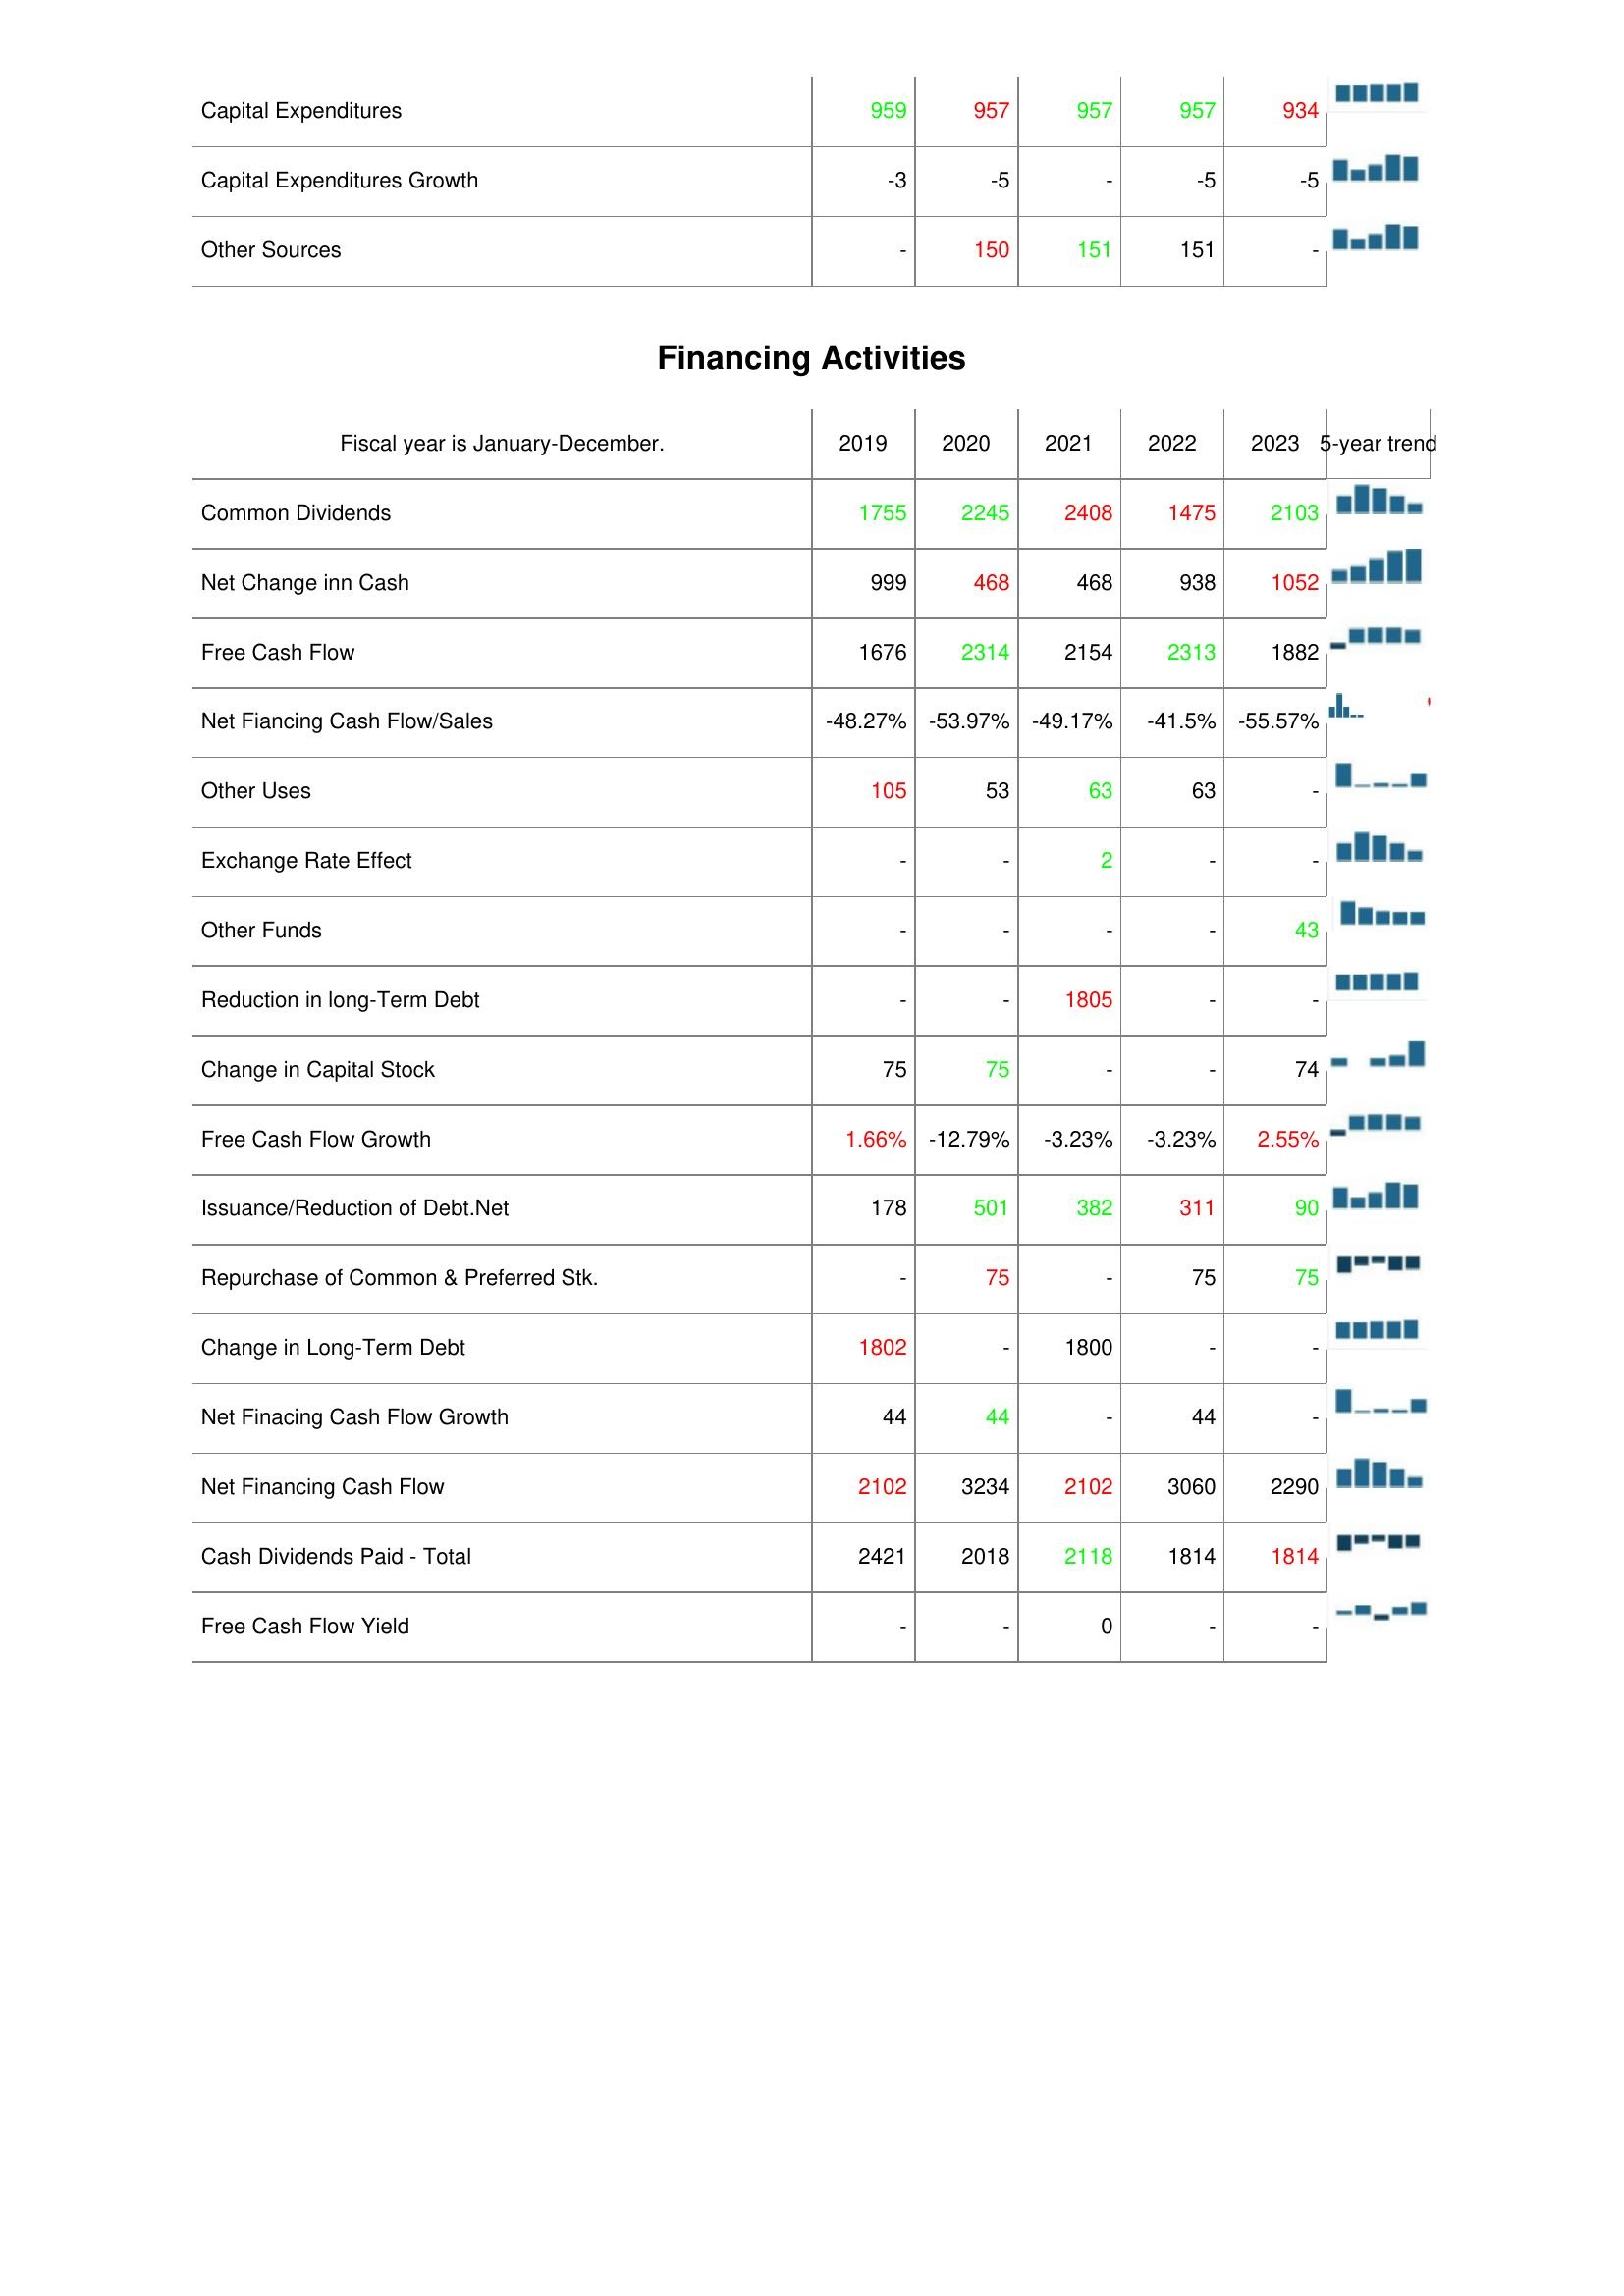
2019: Investing Activities: Capital Expenditures: 959
Capital Expenditures Growth: -3
Other Sources: -
Financing Activities: Common Dividends: 1755
Net Change inn Cash: 999
Free Cash Flow: 1676
Net Fiancing Cash Flow/Sales: -48.27%
Other Uses: 105
Exchange Rate Effect: -
Other Funds: -
Reduction in long-Term Debt: -
Change in Capital Stock: 75
Free Cash Flow Growth: 1.66%
Issuance/Reduction of Debt.Net: 178
Repurchase of Common & Preferred Stk.: -
Change in Long-Term Debt: 1802
Net Finacing Cash Flow Growth: 44
Net Financing Cash Flow: 2102
Cash Dividends Paid - Total: 2421
Free Cash Flow Yield: -
2020: Investing Activities: Capital Expenditures: 957
Capital Expenditures Growth: -5
Other Sources: 150
Financing Activities: Common Dividends: 2245
Net Change inn Cash: 468
Free Cash Flow: 2314
Net Fiancing Cash Flow/Sales: -53.97%
Other Uses: 53
Exchange Rate Effect: -
Other Funds: -
Reduction in long-Term Debt: -
Change in Capital Stock: 75
Free Cash Flow Growth: -12.79%
Issuance/Reduction of Debt.Net: 501
Repurchase of Common & Preferred Stk.: 75
Change in Long-Term Debt: -
Net Finacing Cash Flow Growth: 44
Net Financing Cash Flow: 3234
Cash Dividends Paid - Total: 2018
Free Cash Flow Yield: -
2021: Investing Activities: Capital Expenditures: 957
Capital Expenditures Growth: -
Other Sources: 151
Financing Activities: Common Dividends: 2408
Net Change inn Cash: 468
Free Cash Flow: 2154
Net Fiancing Cash Flow/Sales: -49.17%
Other Uses: 63
Exchange Rate Effect: 2
Other Funds: -
Reduction in long-Term Debt: 1805
Change in Capital Stock: -
Free Cash Flow Growth: -3.23%
Issuance/Reduction of Debt.Net: 382
Repurchase of Common & Preferred Stk.: -
Change in Long-Term Debt: 1800
Net Finacing Cash Flow Growth: -
Net Financing Cash Flow: 2102
Cash Dividends Paid - Total: 2118
Free Cash Flow Yield: 0
2022: Investing Activities: Capital Expenditures: 957
Capital Expenditures Growth: -5
Other Sources: 151
Financing Activities: Common Dividends: 1475
Net Change inn Cash: 938
Free Cash Flow: 2313
Net Fiancing Cash Flow/Sales: -41.5%
Other Uses: 63
Exchange Rate Effect: -
Other Funds: -
Reduction in long-Term Debt: -
Change in Capital Stock: -
Free Cash Flow Growth: -3.23%
Issuance/Reduction of Debt.Net: 311
Repurchase of Common & Preferred Stk.: 75
Change in Long-Term Debt: -
Net Finacing Cash Flow Growth: 44
Net Financing Cash Flow: 3060
Cash Dividends Paid - Total: 1814
Free Cash Flow Yield: -
2023: Investing Activities: Capital Expenditures: 934
Capital Expenditures Growth: -5
Other Sources: -
Financing Activities: Common Dividends: 2103
Net Change inn Cash: 1052
Free Cash Flow: 1882
Net Fiancing Cash Flow/Sales: -55.57%
Other Uses: -
Exchange Rate Effect: -
Other Funds: 43
Reduction in long-Term Debt: -
Change in Capital Stock: 74
Free Cash Flow Growth: 2.55%
Issuance/Reduction of Debt.Net: 90
Repurchase of Common & Preferred Stk.: 75
Change in Long-Term Debt: -
Net Finacing Cash Flow Growth: -
Net Financing Cash Flow: 2290
Cash Dividends Paid - Total: 1814
Free Cash Flow Yield: -